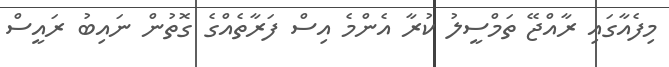
މިފެއާގައި ރާއްޖޭ ތަމްސީލު ކުރާ އެންމެ އިސް ފަރާތެއްގެ ގޮތުން ނައިބު ރައީސް